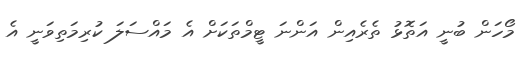
މޯހަން ބުނީ އަތޮޅު ތެރެއިން އަންނަ ޓީމްތަކަށް އެ މައްސަލަ ކުރިމަތިވަނީ އެ